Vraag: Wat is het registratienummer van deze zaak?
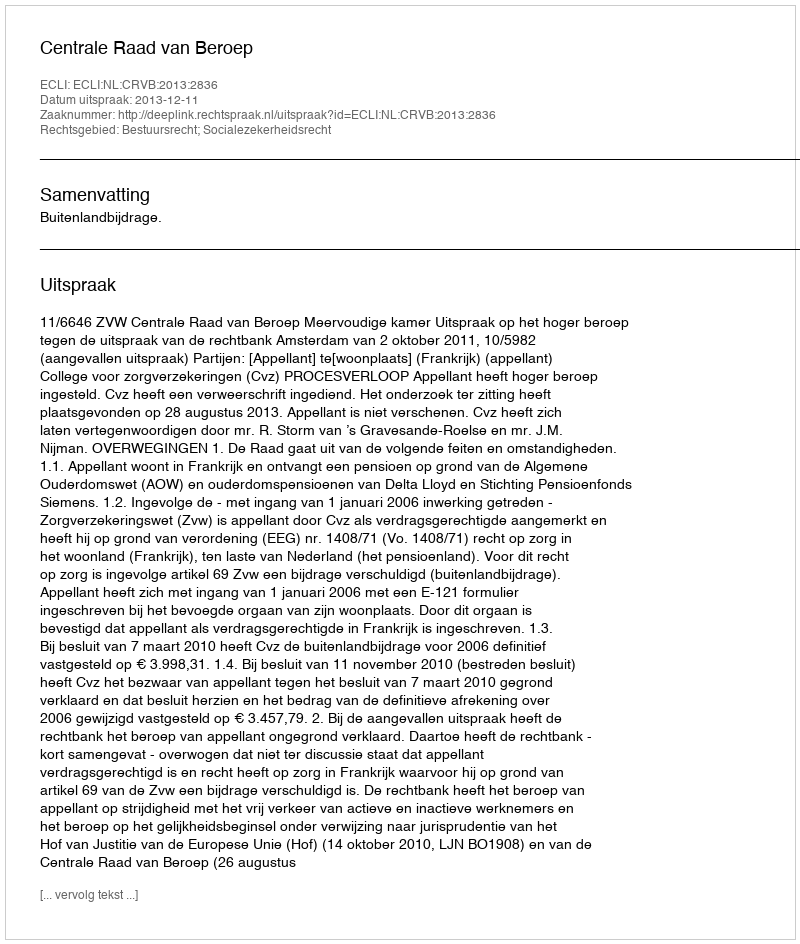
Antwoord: http://deeplink.rechtspraak.nl/uitspraak?id=ECLI:NL:CRVB:2013:2836